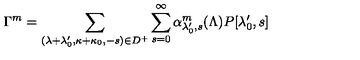
\Gamma ^ { m } = \sum _ { ( \lambda + \lambda _ { 0 } ^ { \prime } , \kappa + \kappa _ { 0 } , - s ) \in D ^ { + } } \sum _ { s = 0 } ^ { \infty } \alpha _ { \lambda _ { 0 } ^ { \prime } , s } ^ { m } ( \Lambda ) P [ \lambda _ { 0 } ^ { \prime } , s ]